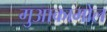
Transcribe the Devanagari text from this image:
गुआकामोल